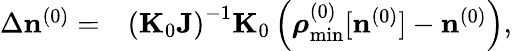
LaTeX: \begin{array}{rl}{\Delta{\mathbf n}^{(0)}=}&{{}\left({\mathbf K}_{0}{\mathbf J}\right)^{-1}{\mathbf K}_{0}\left({\boldsymbol\rho}_{\mathrm{min}}^{(0)}[{\mathbf n}^{(0)}]-{\mathbf n}^{(0)}\right),}\end{array}